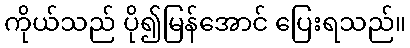
ကိုယ်သည် ပို၍မြန်အောင် ပြေးရသည်။